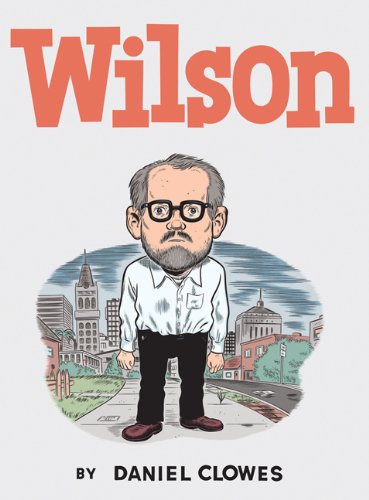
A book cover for Wilson; Daniel Clowes; Comics & Graphic Novels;